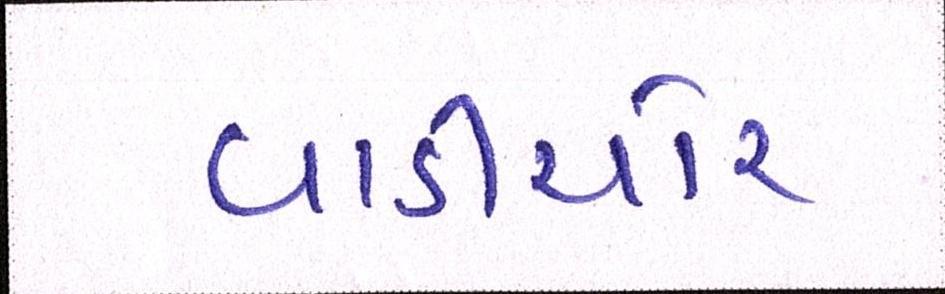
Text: વાડીચોર